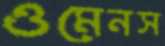
ওমেনস